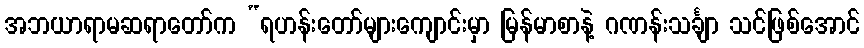
အဘယာရာမဆရာတော်က “ရဟန်းတော်များကျောင်းမှာ မြန်မာစာနဲ့ ဂဏန်းသင်္ချာ သင်ဖြစ်အောင်